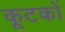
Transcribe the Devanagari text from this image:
कूटकों